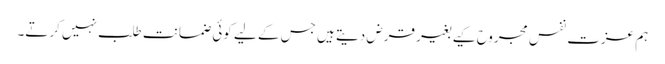
ہم عزت نفس مجروح کیے بغیر قرض دیتے ہیں جس کے لیے کوئی ضمانت طلب نہیں کرتے۔